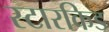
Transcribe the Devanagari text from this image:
स्टारकिड